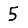
Digit: 5